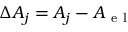
\Delta A _ { j } = A _ { j } - A _ { \mathrm { ~ e ~ l ~ } }